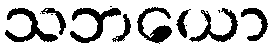
သဘယော